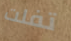
تفلت